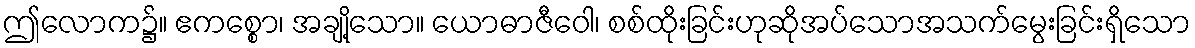
ဤလောက၌။ ဧကစ္စော၊ အချို့သော။ ယောဓာဇီဝေါ၊ စစ်ထိုးခြင်းဟုဆိုအပ်သောအသက်မွေးခြင်းရှိသော